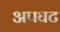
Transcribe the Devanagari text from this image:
अपघट